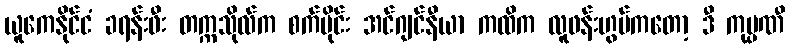
ယူကေနိုင်ငံ ခရန်းဖီး တက္ကသိုလ်က စက်ပိုင်း အင်ဂျင်နီယာ ကထိက လူဖန်းဟွမ်ကတော့ ဒီ ကုမ္ပဏီ